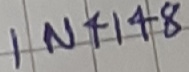
Text: IN4148